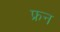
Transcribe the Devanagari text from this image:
फ्रन